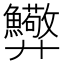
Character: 𢍸